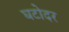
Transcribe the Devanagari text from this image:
घटोदर